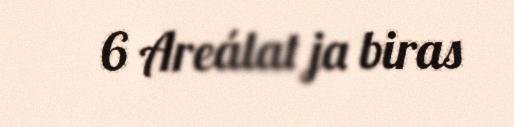
6 Areálat ja biras